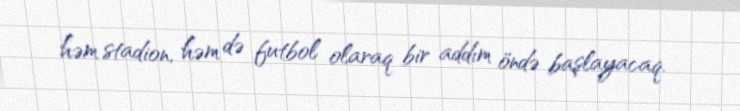
həm stadion, həm də futbol olaraq bir addım öndə başlayacaq.